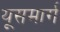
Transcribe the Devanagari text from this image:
यूसमार्ग